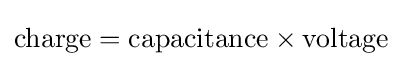
{\text{charge}}={\text{capacitance}}\times {\text{voltage}}